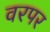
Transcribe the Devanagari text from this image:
वरपर